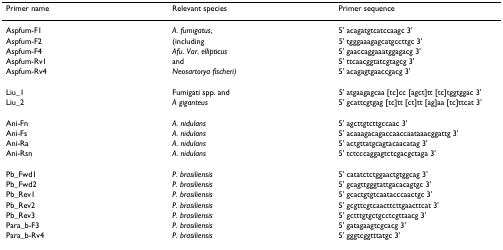
| Primer name | Relevant species | Primer sequence |
 | --- | --- | --- |
 | Aspfum-F1 | A. fumigatus, | 5' acagatgtcatccaagc 3' |
 | Aspfum-F2 | (including | 5' tgggaaagagcatgccttgc 3' |
 | Aspfum-F4 | Afu. Var. ellipticus | 5' gaaccaggaaatggagacg 3' |
 | Aspfum-Rv1 | and | 5' ttcaacggtatcgtagcg 3' |
 | Aspfum-Rv4 | Neosartorya fischeri) | 5' acagagtgaaccgacg 3' |
 | Liu_1 | Fumigati spp. and | 5' atgaagagcaa [tc]cc [agct]tt [tc]tggtggac 3' |
 | Liu_2 | A giganteus | 5' gcattcgtgag [tc]tt [ct]tt [ag]aa [tc]ttcat 3' |
 | Ani-Fn | A. nidulans | 5' agcttgtcttgccaac 3' |
 | Ani-Fs | A. nidulans | 5' acaaagacagaccaaccaataaacggattg 3' |
 | Ani-Ra | A. nidulans | 5' actgttatgcagtacaacatag 3' |
 | Ani-Rsn | A. nidulans | 5' tctcccaggagtctcgacgctaga 3' |
 | Pb_Fwd1 | P. brasiliensis | 5' catatctctggaactgtggcag 3' |
 | Pb_Fwd2 | P. brasiliensis | 5' gcagttgggtattgacacagtgc 3' |
 | Pb_Rev1 | P. brasiliensis | 5' gcactgtgtcaatacccaactgc 3' |
 | Pb_Rev2 | P. brasiliensis | 5' gcgttcgtcaacttcttgaacttcat 3' |
 | Pb_Rev3 | P. brasiliensis | 5' gctttgtgctgcctcgttaacg 3' |
 | Para_b-F3 | P. brasiliensis | 5' gatagaagtcgcacg 3' |
 | Para_b-Rv4 | P. brasiliensis | 5' gggtcggtttatgc 3' |